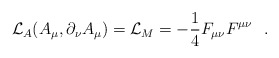
\begin{align*}{\cal L}_A (A_\mu,\partial_\nu A_\mu)= {\cal L}_{M}=-\frac{1}{4}F_{\mu\nu}F^{\mu\nu}~~.\end{align*}